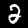
Digit: 2